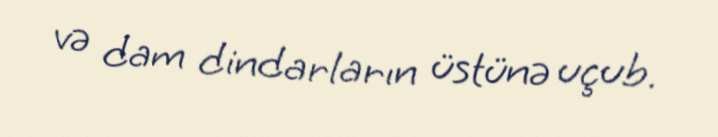
və dam dindarların üstünə uçub.